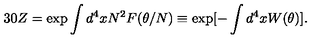
3 0 Z = \exp \int d ^ { 4 } x N ^ { 2 } F ( \theta / N ) \equiv \exp [ - \int d ^ { 4 } x W ( \theta ) ] .